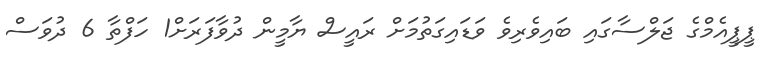
ޕީޕީއެމްގެ ޖަލްސާގައި ބައިވެރިވެ ވަޑައިގަތުމަށް ރައީސް ޔާމީން ދުވާފަރަށް1 ހަފްތާ 6 ދުވަސް